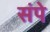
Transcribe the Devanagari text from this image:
संपे